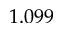
1 . 0 9 9